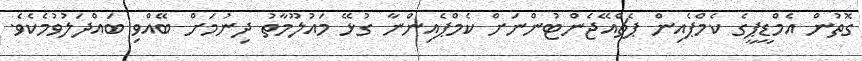
ގޮތުން އެމްޑީޕީގެ ކެމްޕެއިން ޕެޗްއޭޖެންޓުންނަށް ކެމްޕެއިންނާ ގުޅޭ މައުލޫމާތު ދިނުމަށް ބޭއްވި ބައްދަލުވުމެކެވެ.